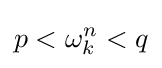
p<\omega _{k}^{n}<q